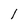
Character: 1